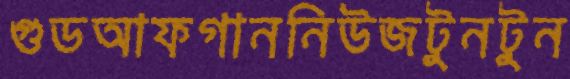
গুডআফগাননিউজটুনটুন